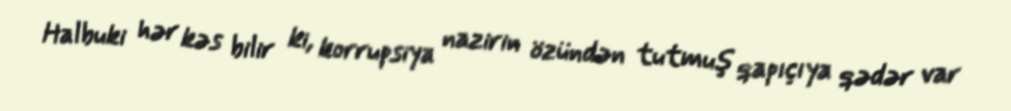
Halbuki hər kəs bilir ki, korrupsiya nazirin özündən tutmuş qapıçıya qədər var